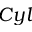
C y l